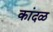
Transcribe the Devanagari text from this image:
कांदळ